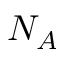
N _ { A }